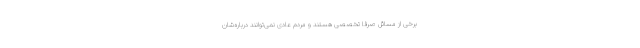
برخی از مسائل صرفاً تخصصی هستند و مردم عادی نمی‌توانند درباره‌شان